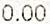
0.00